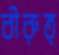
বীরুত্